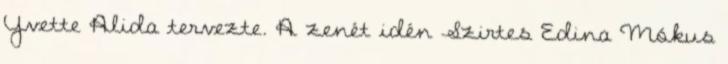
Yvette Alida tervezte. A zenét idén Szirtes Edina Mókus